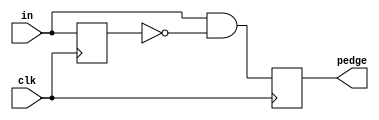
module top_module (
    input clk,
    input [7:0] in,
    output reg [7:0] pedge
    );
reg [7:0] q1;
    always @(posedge clk) begin
        q1 <= in; // q1 always delayed by one clock cycle from in
        pedge <= in & ~q1;
        // 1 -> detected rising edge
        // 0 -> no rising edge
    end
endmodule